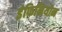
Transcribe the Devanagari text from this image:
इंफिनियोन